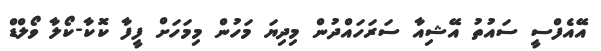
އޭއެފްސީ ސައުތު އޭޝިއާ ސަރަހައްދުން މިދިޔަ މަހުން މިމަހަށް ފީފާ ކޮކާ-ކޯލާ ވޯލްޑް